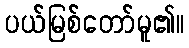
ပယ်မြစ်တော်မူ၏။